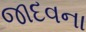
જાદવના